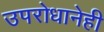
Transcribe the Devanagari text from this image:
उपरोधानेही